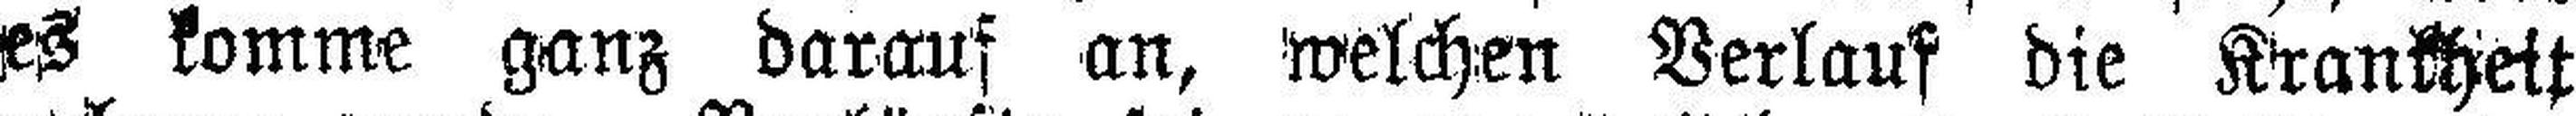
es komme ganz darauf an, welchen Verlauf die Krankheit